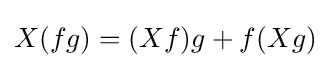
X(fg)=(Xf)g+f(Xg)